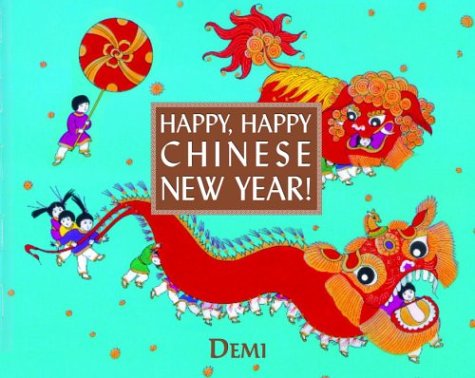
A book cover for Happy, Happy Chinese New Year!; DEMI DEMI; Children's Books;